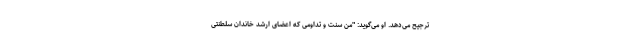
ترجیح می‌دهد. او می‌گوید: "من سنت و تداومی که اعضای ارشد خاندان سلطنتی